Insane asylums Bombay 1873-77 - 1873-1877
Year: 1873
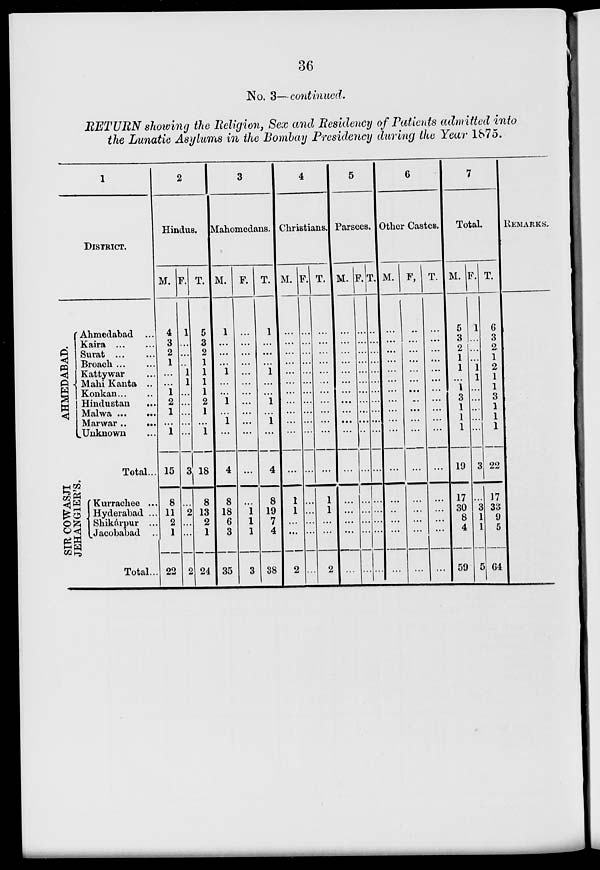
36
No. 3—continued.
RETURN showing the Religion, Sex and Residency of Patients admitted into
the Lunatic Asylums in the Bombay Presidency during the Year 1875.
1
DISTRICT.
AHMEDABAD.
SIR COWASJI
JEHANGIER'S.
Ahmedabad ...
Kaira
...
...
Surat
...
...
Broach ... ...
Kattywar ...
Mahi Kanta ..
Konkan ... ...
Hindustan ...
Malwa
...
...
Marwar ..
...
Unknown ...
Total...
Kurrachee ...
Hyderabad ...
Shikárpur ...
Jacobabad ...
Total...
2
Hindus.
M.
4
3
2
1
...
...
1
2
1
...
1
15
8
11
2
1
22
F.
1
...
...
..
1
1
...
...
...
...
...
3
...
2
...
...
2
T.
5
3
2
1
1
1
1
2
1
...
1
18
8
13
2
1
24
3
Mahomedans.
M.
1
...
...
...
1
...
...
1
...
1
...
4
8
18
6
3
35
F.
...
...
...
...
...
...
...
...
...
...
...
...
...
1
1
1
3
T.
1
..
...
...
1
...
...
1
...
1
...
4
8
19
7
4
38
4
Christians.
M.
...
...
...
...
...
...
...
...
...
...
...
...
1
1
...
...
2
F.
...
...
...
...
...
...
...
...
...
...
...
...
...
...
...
...
...
T.
...
...
...
...
...
...
...
...
...
...
...
...
1
1
...
...
2
5
Parsees.
M.
...
...
...
...
...
...
...
...
...
...
...
...
...
...
...
...
...
F.
...
...
...
...
...
...
...
...
...
...
...
...
...
...
...
...
...
T.
...
...
...
...
...
...
...
...
...
...
...
...
...
...
...
...
...
6
Other Castes.
M.
...
...
...
...
...
...
...
...
...
...
...
...
...
...
...
...
...
F.
...
...
...
...
...
...
...
...
...
...
...
...
...
...
...
...
...
T.
...
...
...
...
...
...
...
...
...
...
...
...
...
...
...
...
7
Total.
M.
5
3
2
1
1
...
1
3
1
1
1
19
17
30
8
4
59
F.
1
...
...
...
1
1
...
...
...
...
...
3
...
3
1
1
5
T.
6
3
2
1
2
1
1
3
1
1
1
22
17
33
9
5
64
REMARKS.